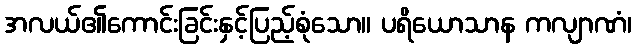
အလယ်၏ကောင်းခြင်းနှင့်ပြည့်စုံသော။ ပရိယောသာန ကလျာဏံ၊